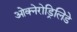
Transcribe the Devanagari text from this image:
ओक्नेरोड्रिलिडे